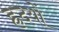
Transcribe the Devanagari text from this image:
ह्रदयों